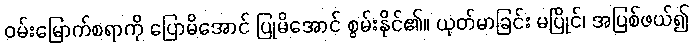
ဝမ်းမြောက်စရာကို ပြောမိအောင် ပြုမိအောင် စွမ်းနိုင်၏။ ယုတ်မာခြင်း မပြိုင်၊ အပြစ်ဖယ်၍